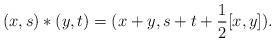
LaTeX: \begin{align*}(x,s)*(y,t)=(x+y,s+t+\frac 12[x,y]).\end{align*}